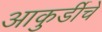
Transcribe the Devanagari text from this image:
आकुर्डीचे